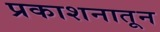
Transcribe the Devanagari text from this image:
प्रकाशनातून